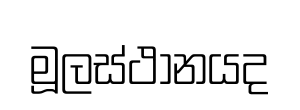
මූලස්ථානයද